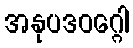
အနုပဒဝဂ္ဂေါ